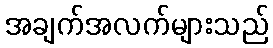
အချက်အလက်များသည်